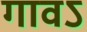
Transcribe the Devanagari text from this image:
गावऽ